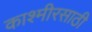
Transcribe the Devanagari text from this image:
काश्मीरसाठी